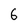
Character: 6